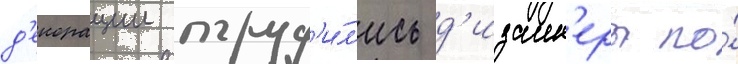
д'екорации труд'и́л'ись д'изаин'еры по́